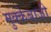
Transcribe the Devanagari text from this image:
मुक्‍केबाजी